Burma Government Medical School reports 1907-22
Year: 1907
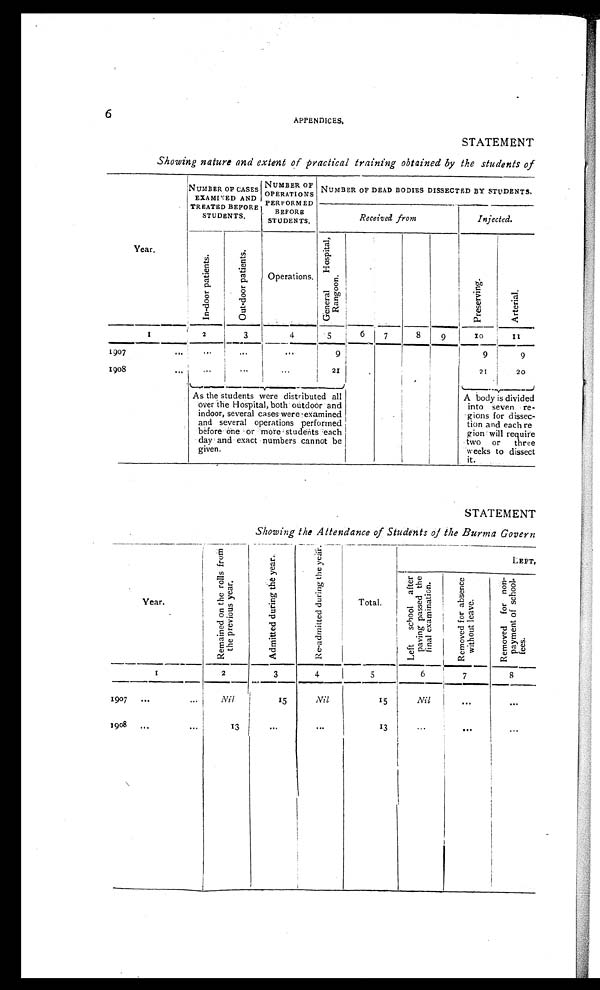
6
APPENDICES.
STATEMENT
Showing nature and extent of practical training obtained by the students of
Year.
NUMBER OF CASES EXAMINED AND
TREATED BEFORE
STUDENTS.
NUMBER OF
OPERATIONS
PERFORMED
BEFORE STUDENTS.
NUMBER OF DEAD BODIES DISSECTED BY STUDENTS.
Received from
Injected.
I n - d o o r p a t i e n t s .
O u t - d o o r p a t i e n t s .
Operations.
G e n e r a l H o s p i t a l , R a n g o o n .
p r e s e v i n g .
A r t e r i a l .
1
2
3
4
5
6
7
8 9
10
1 1
1907
. . .
. . . . . .
. . . 9
9
9
1908
. . .
. . .
. . .
. . .
21
21
20
As the students were distributed al
l over the Hospital, both outdoor and
indoor, several cases were examine
d and several operations performed
before one or more students each
day and exact numbers cannot be
given.
A body is divide
d into seven r
egions fo
r d i s s e c t i o n
a n d
each r
egion will require
two or thre
e weeks to dissec t i t .
STATEMENT
Showing the Attendance of Students of the Burma Govern
Year.
R e m a i n e d o n t h e r o l l s f r o m t h e p r e v i o u s y e a r .
A d m i t t e d d u r i n g t h e y e a r .
R e - a d m i t t e d d u r i n g t h e y e a r .
T o t a l .
LEFT,
L e f t s c h o o l a f t e r p a v i n g p a s s e d t h e f i n a l e x a m i n a t i o n .
R e m o v e d f o r a b s e n c e w i t h o u t l e a v e .
R e m o v e d f o r n o n - p a y m e n t o f s c h o o l - f e e s .
1
2
3
4
5
6
7
8
1907
. . .
. . .
Nil
15
Nil
15
Nil
. . .
...
1908
. . .
. . .
13
. . .
. . .
13
. . .
. . .
. . .